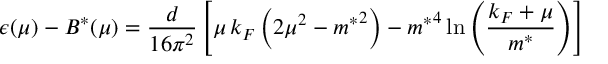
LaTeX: \epsilon ( \mu ) - B ^ { * } ( \mu ) = \frac { d } { 1 6 \pi ^ { 2 } } \left[ \mu \, k _ { F } \left( 2 \mu ^ { 2 } - { m ^ { * } } ^ { 2 } \right) - { m ^ { * } } ^ { 4 } \ln { \left( \frac { k _ { F } + \mu } { m ^ { * } } \right) } \right]